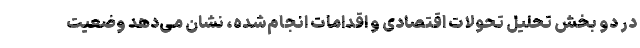
در دو بخش تحلیل تحولات اقتصادی و اقدامات انجام‌شده، نشان می‌دهد وضعیت